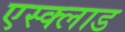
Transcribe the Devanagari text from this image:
एस्क्लाड